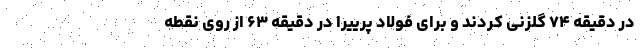
در دقیقه ۷۴ گلزنی کردند و برای فولاد پرییرا در دقیقه ۶۳ از روی نقطه